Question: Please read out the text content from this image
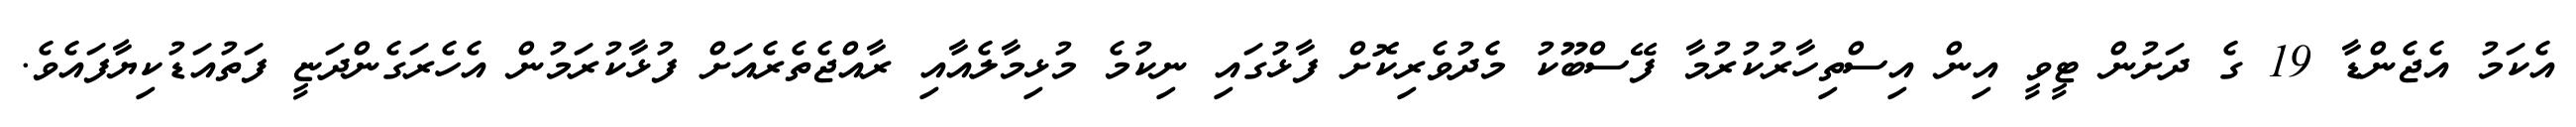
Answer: އެކަމު އެޖެންޑާ 19 ގެ ދަށުން ޓީވީ އިން އިސްތިހާރުކުރުމާ ފޭސްބޫކު މެދުވެރިކޮށް ފާޅުގައި ނިކުމެ މުޅިމާލެއާއި ރާއްޖެތެރެއަށް ފުޅާކުރަމުން އެހެރަގެންދަޏީ ފަތުއަޑުކިޔާފައެވެ.